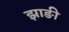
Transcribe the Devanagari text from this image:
झाङी